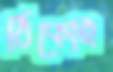
ঠিকোই